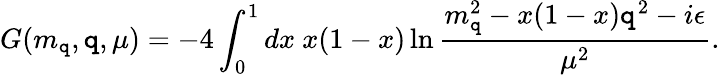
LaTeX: G(m_{\mathtt{q}},\mathtt{q},\mu)=-4\int_{0}^{1}dx~x(1-x)\ln\frac{{m_{\mathtt{q}}^{2}-x(1-x)\mathtt{q}^{2}-i\epsilon}}{{\mu^{2}}}.